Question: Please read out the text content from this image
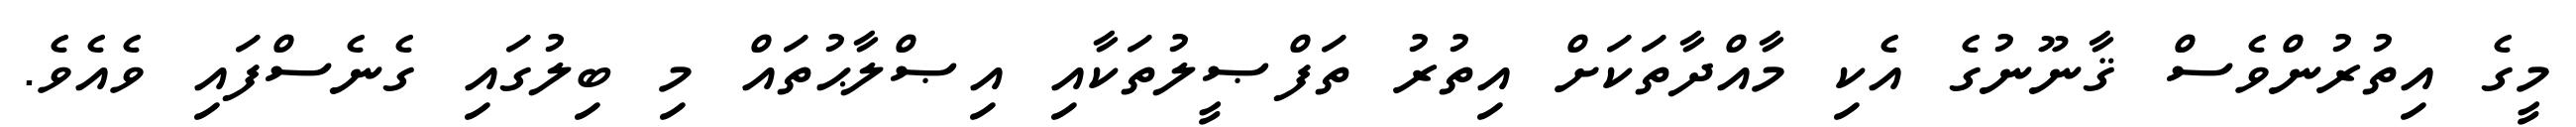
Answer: މީގެ އިތުރުންވެސް ޤާނޫނުގެ އެކި މާއްދާތަކަށް އިތުރު ތަފްޞީލުތަކާއި އިޞްލާޙުތައް މި ބިލުގައި ގެނެސްފައި ވެއެވެ.